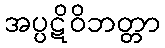
အပ္ပဋိဝိဘတ္တာ